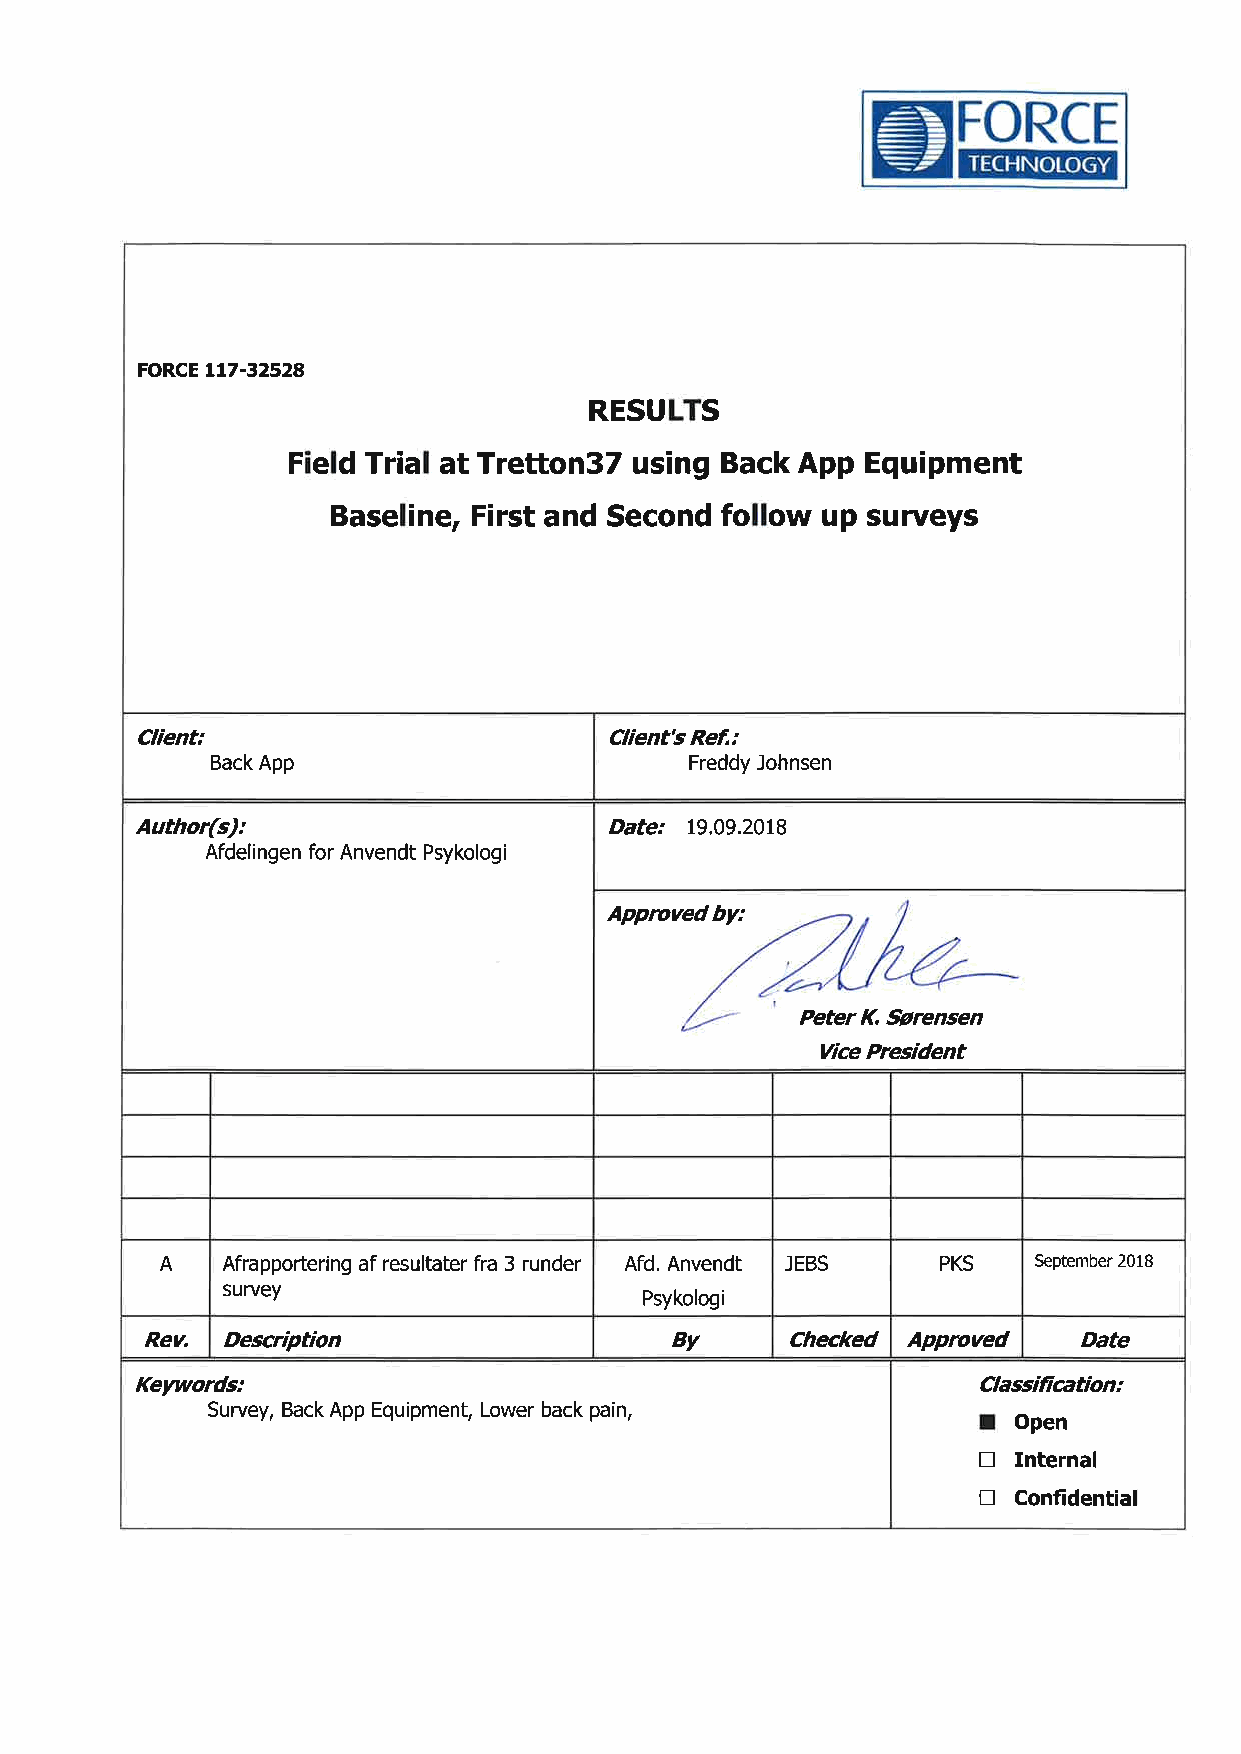
FORCE
 FORCE Lt7-32528
 RESULTS
 Field Trial at TrettonST using Back App Equipment
 Baseline, First and Second follow up surveys
 Client:                        Client's Ref,:
 Back App                        Freddy Johnsen
 Author(s):                     Date: 19.09.2018
 Afdelingen for Anvendt Psykologi
 Apprcved by:
 Peter K, ,furensen
 Vice President
 A   Afrapportering af resultater fra 3 runder Afd. Anvendt JEBS PKS September 2018
 survey
 Psykologi
 Ren  Deærþtion                    By      Checked Apprcved    Date
 Keywords:                                               Classifration:
 Survey, Back App Equipment, Lower back pain,       I
 Open
 tr
 Internal
 il
 Confidential